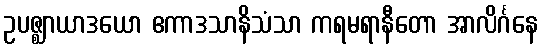
ဥပဇ္ဈာယာဒယော ဧကာဒသာနိသံသာ ကရမရာနီတော အာလိင်္ဂနေ